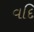
વદિ